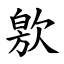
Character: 㰾